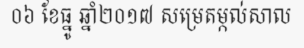
០៦ ខែធ្នូ ឆ្នាំ២០១៧ សម្រេតម្កល់សាល